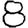
Digit: 8